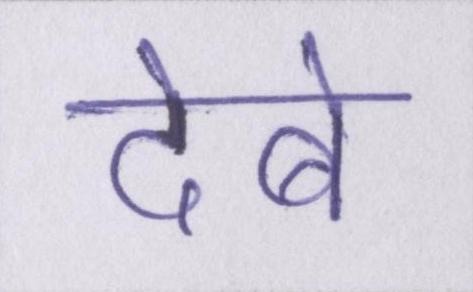
देबे